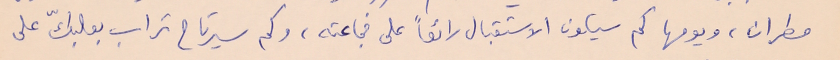
مطران، ويومها كم سيكون الاستقبال رائعاً على فجاعته، وكم سيرتاح تراب بعلبكّ على